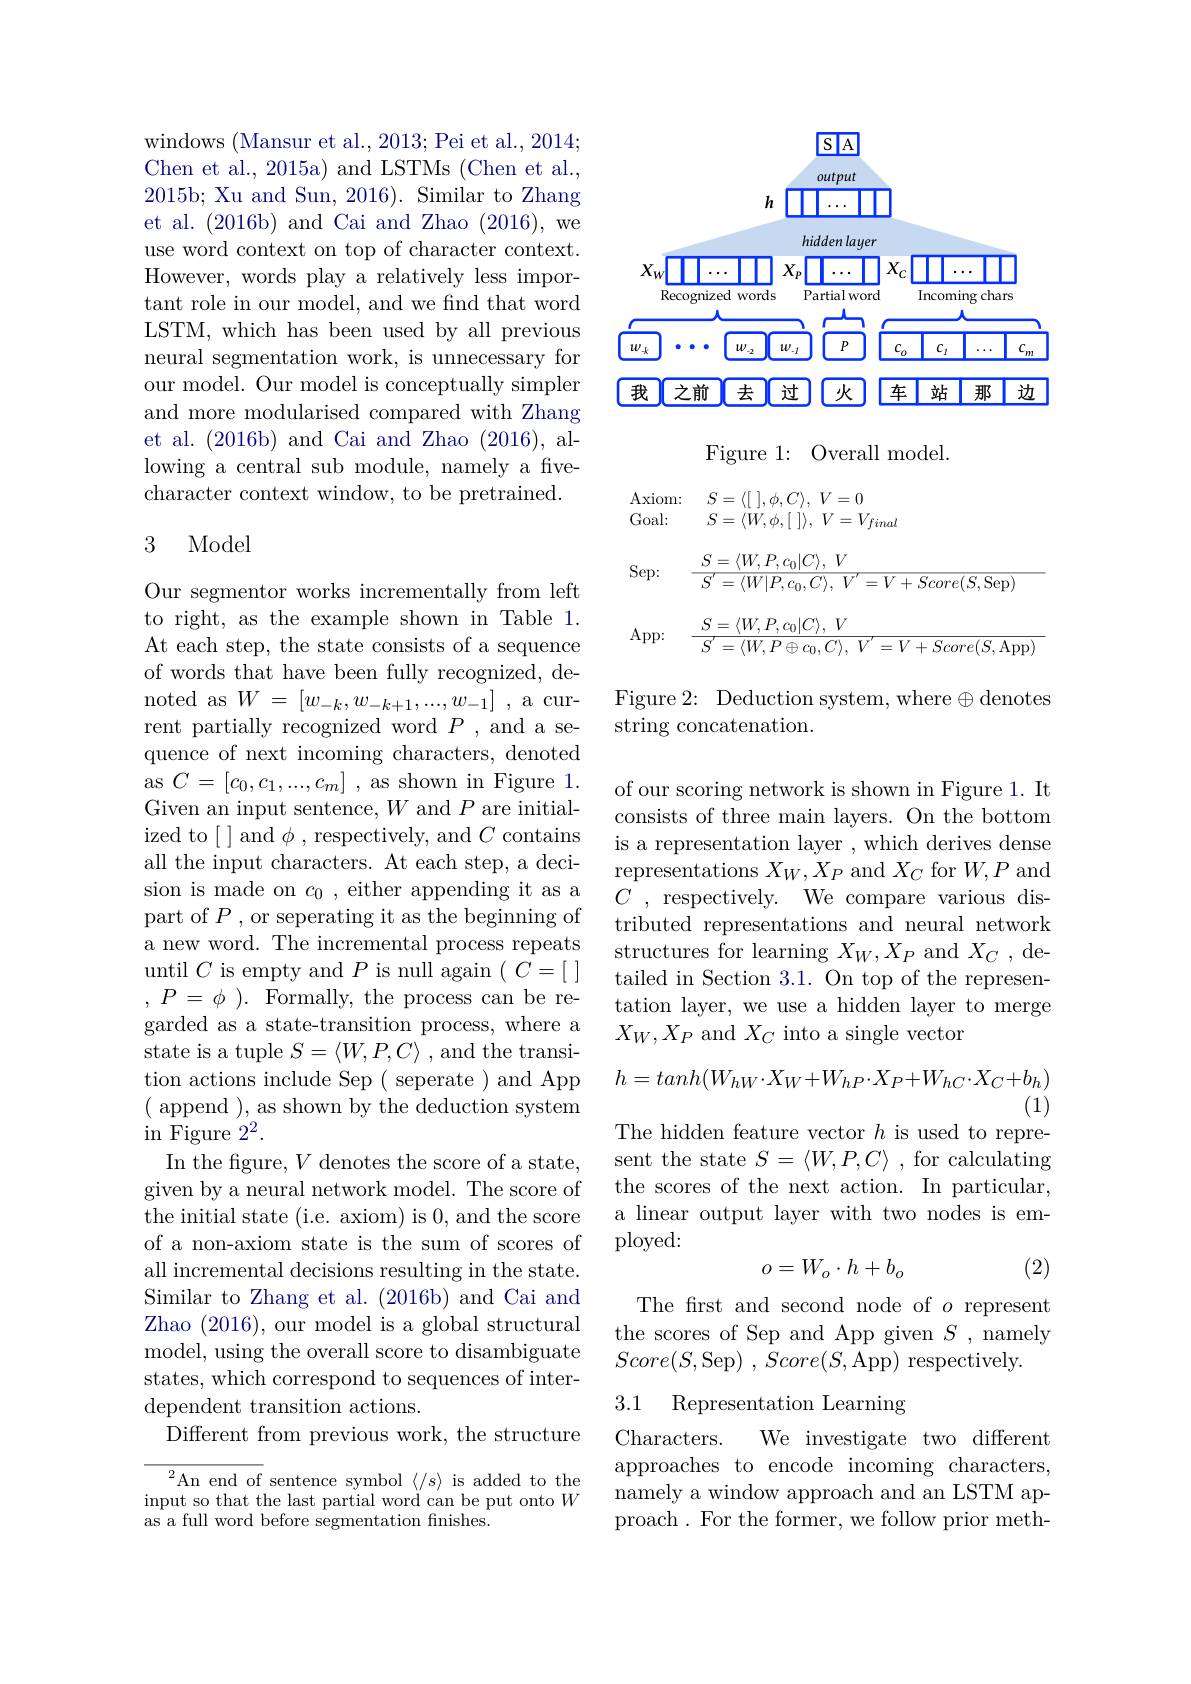
windows (Mansur et al., 2013; Pei et al., 2014; Chen et al., 2015a) and LSTMs (Chen et al., 2015b; Xu and Sun, 2016). Similar to Zhang et al. (2016b) and Cai and Zhao (2016),we use word context on top of character context. However, words play a relatively less important role in our model, and we find that word LSTM, which has been used by all previous neural segmentation work, is unnecessary for our model. Our model is conceptually simpler and more modularised compared with Zhang et al. (2016b) and Cai and Zhao (2016), allowing a central sub module, namely a fivecharacter context window, to be pretrained.

### 3 Model

Our segmentor works incrementally from left to right, as the example shown in Table 1. At each step, the state consists of a sequence of words that have been fully recognized, de- $\begin{array}{c}{\mathrm{noted~as~}W=[w_{-k},w_{-k+1},...,w_{-1}]}\\{..}\end{array}$ rent partially recognized word $P$, and a sequence of next incoming characters, denoted as $C=[c_0,c_1,...,c_m]$ , as shown in Figure 1. Given an input sentence, $W$ and $P$ are initialized to[]and$\phi$,respectively, and$C$contains all the input characters. At each step, a decision is made on $c_0$, either appending it as a part of $P$ , or seperating it as the beginning of a new word. The incremental process repeats until $C$ is empty and $P$ is null again $( C= [$ ] $,P=\phi).$Formally, the process can be regarded as a state-transition process, where a state is a tuple $S=\langle W,P,C\rangle$ , and the transition actions include Sep ( seperate ) and App ( append ), as shown by the deduction system ${\mathrm{in~Figure~2^2}}.$
In the figure, $V$ denotes the score of a state, given by a neural network model. The score of the initial state (i.e. axiom) is 0, and the score of a non-axiom state is the sum of scores of all incremental decisions resulting in the state. Similar to Zhang et al. (2016b) and Cai and Zhao (2016), our model is a global structural model, using the overall score to disambiguate states, which correspond to sequences of interdependent transition actions.
Different from previous work, the structure

$\begin{array}{c}{{}^{2}\mathrm{An~end~of~sentence~symbol~}\langle/s\rangle~is~added~to~the}\\{\mathrm{input~so~that~the~last~partial~word~can~be~put~onto~}W}\end{array}$
as a full word before segmentation finishes.

<FigureHere>

Figure 1: Overall model.
$$\begin{aligned}&\mathrm{Axiom:}&&S=\langle[\:],\phi,C\rangle,\:V=0\\&\mathrm{Goal:}&&S=\langle W,\phi,[\:]\:]\:,\:V=V_{final}\\&\mathrm{Sep:}&&\frac{S=\langle W,P,c_{0}|C\rangle,\:V}{S^{'}=\langle W|P,c_{0},C\rangle,\:V^{'}=V+Score(S,\mathrm{Sep})}\\&\mathrm{App:}&&\frac{S=\langle W,P,c_{0}|C\rangle,\:V}{S^{'}=\langle W,P\oplus c_{0},C\rangle,\:V^{'}=V+Score(S,\mathrm{App})}\end{aligned}$$
Figure 2: Deduction system, where$\oplus$denotes
string concatenation.

of our scoring network is shown in Figure 1. It consists of three main layers. On the bottom is a representation layer , which derives dense representations $X_W,X_P$ and $X_C$ for $W,P$ and $C$ , respectively. We compare various distributed representations and neural network structures for learning $X_W,X_P$ and $X_C$, detailed in Section 3.1. On top of the representation layer, we use a hidden layer to merge $X_W,X_P$ and $X_C$ into a single vector
$$h=tanh(W_{hW}\cdot X_{W}+W_{hP}\cdot X_{P}+W_{hC}\cdot X_{C}+b_{h})$$
(1)

The hidden feature vector $h$ is used to repre-

sent the state $S=\langle W,P,C\rangle$ , for calculating the scores of the next action. In particular, a linear output layer with two nodes is employed:
$$o=W_o\cdot h+b_o$$
(2)

The first and second node of $o$ represent the scores of Sep and App given $S$ , namely $Score(S$,Sep) , $Score( S$,App) respectively.

3.1 Representation Learning

Characters.
We investigate two different
approaches to encode incoming characters, namely a window approach and an LSTM approach. For the former, we follow prior meth-